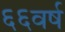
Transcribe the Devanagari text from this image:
६६वर्ष